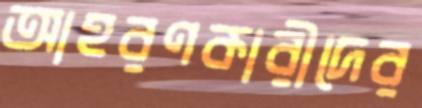
আহরণকারীদের